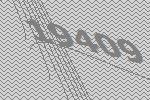
19409